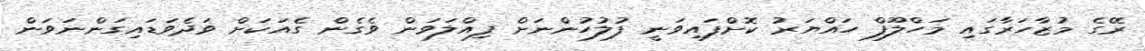
ރޭގެ މުޒާހަރާގައި މަހްލޫފް ހައްޔަރު ކޮށްފައިވަނީ ފުލުހުންނަށް ފިއްލަވަން ވެގެން ގެއަކަށް ވަދެވަޑައިގަންނަވަން